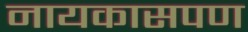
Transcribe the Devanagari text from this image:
नायकासपण